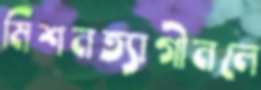
মিশনত্যাগীনলে